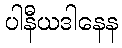
ပါနီယဒါနေန